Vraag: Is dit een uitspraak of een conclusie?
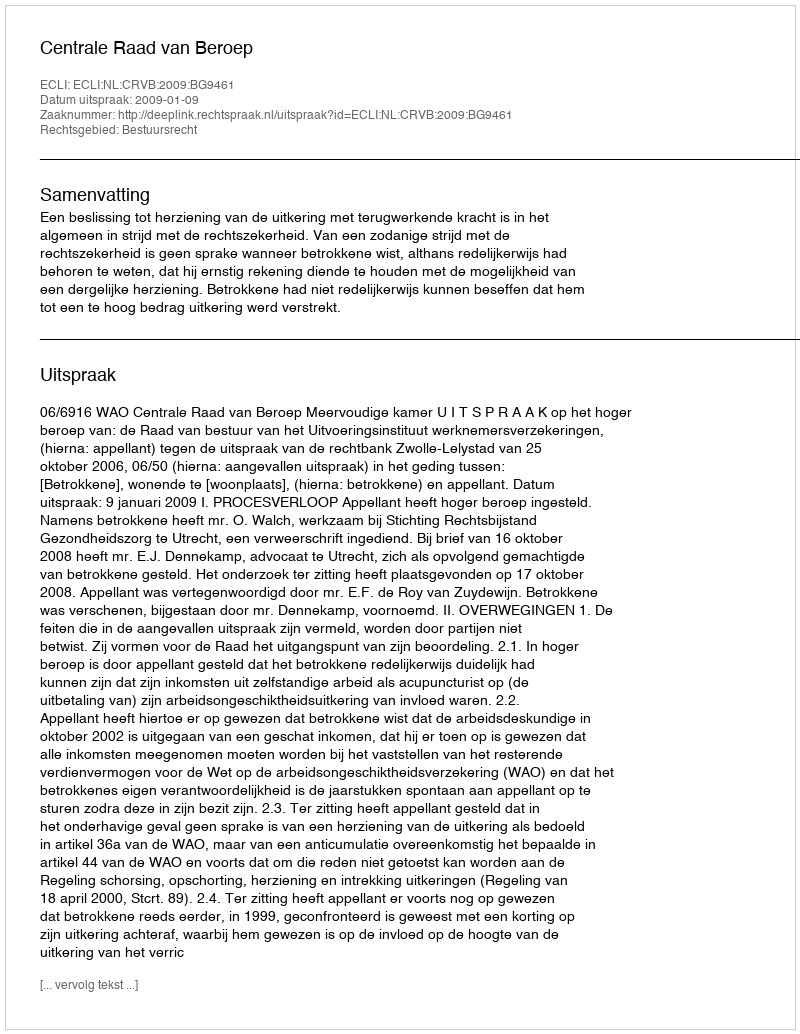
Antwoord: Uitspraak